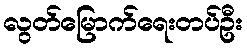
လွတ်မြောက်ရေးတပ်ဦး